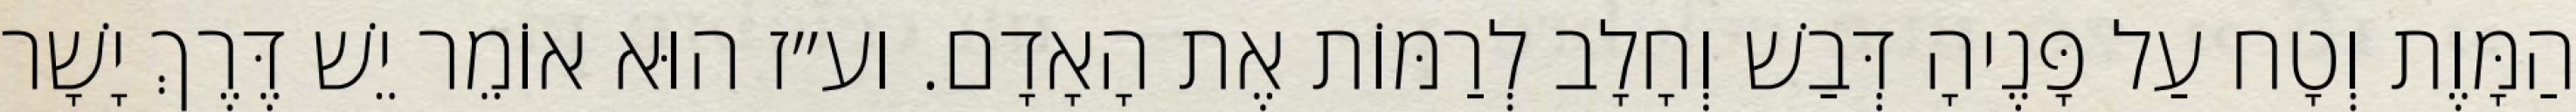
הַמָּוֶת וְטָח עַל פָּנֶיהָ דְּבַשׁ וְחָלָב לְרַמּוֹת אֶת הָאָדָם. וע״ז הוּא אוֹמֵר יֵשׁ דֶּרֶךְ יָשָׁר